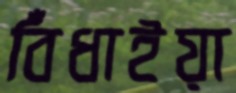
বিঁধাইয়া